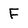
Character: F